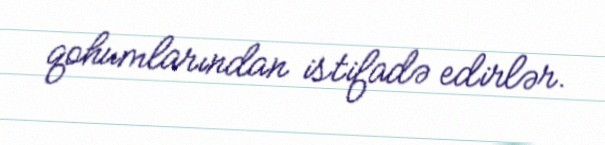
qohumlarından istifadə edirlər.